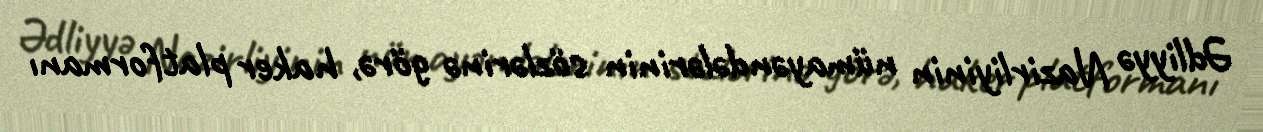
Ədliyyə Nazirliyinin nümayəndələrinin sözlərinə görə, haker platformanı